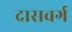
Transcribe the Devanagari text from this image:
दासवर्ग